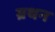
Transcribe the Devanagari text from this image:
ग्रथन